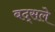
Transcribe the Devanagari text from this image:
बद्सले